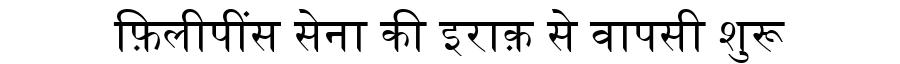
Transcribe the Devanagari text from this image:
फ़िलीपींस सेना की इराक़ से वापसी शुरू